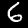
Label: 6